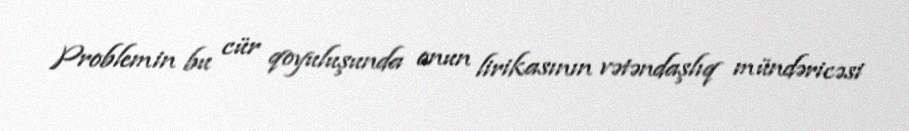
Problemin bu cür qoyuluşunda onun lirikasının vətəndaşlıq mündəricəsi